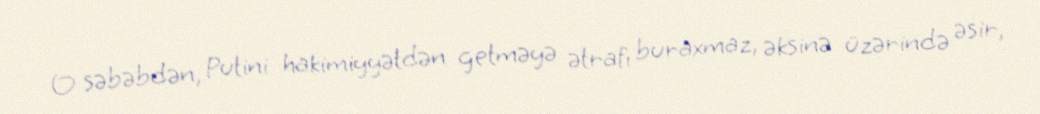
O səbəbdən, Putini hakimiyyətdən getməyə ətrafı buraxmaz, əksinə üzərində əsir,